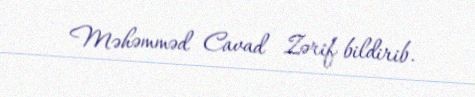
Məhəmməd Cavad Zərif bildirib.